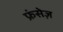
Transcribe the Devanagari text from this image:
फ्रंसेज़